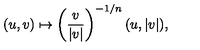
( u , v ) \mapsto \left( \frac { v } { | v | } \right) ^ { - 1 / n } ( u , | v | ) ,